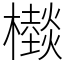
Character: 㰊